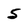
Character: 5